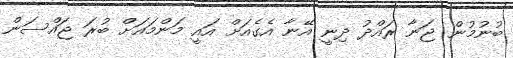
ބުނުމުން ޖަނާ ރައްދު ދިނީ އޭނާ އެގެއަށް އައީ މަންމައަށް ބުރަ ޖައްސަން